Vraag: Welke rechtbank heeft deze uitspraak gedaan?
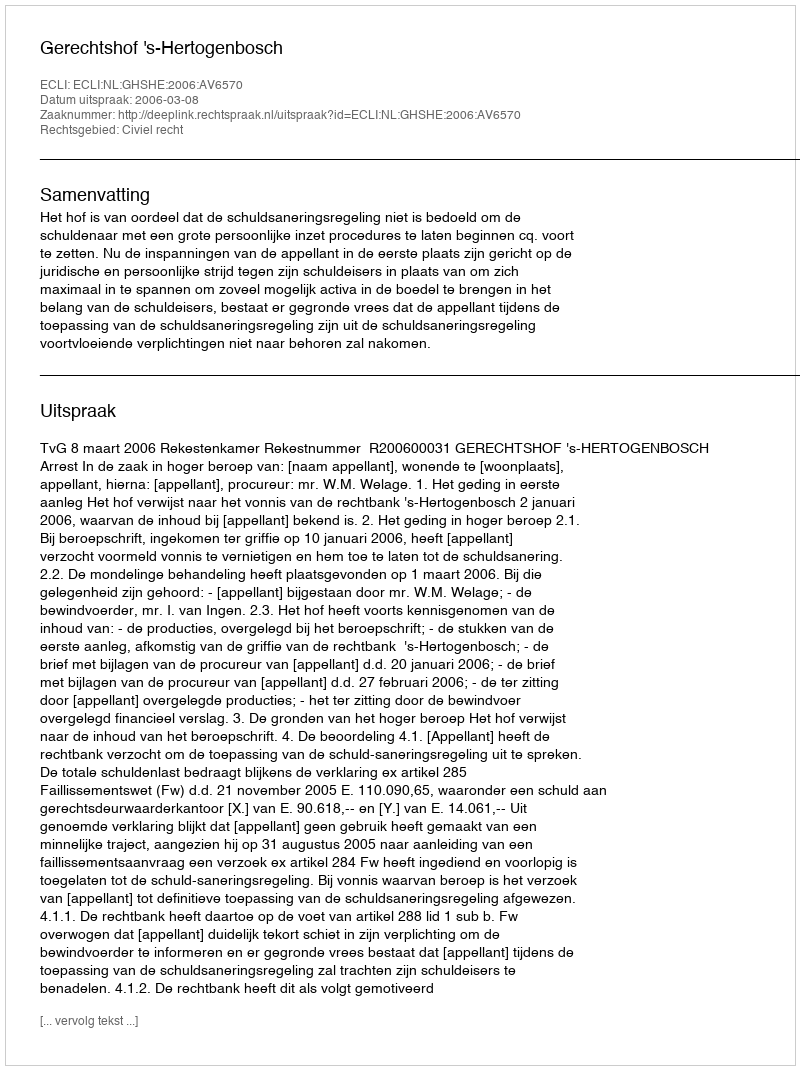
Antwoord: Gerechtshof 's-Hertogenbosch